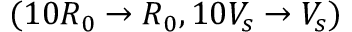
( 1 0 R _ { 0 } \to R _ { 0 } , 1 0 V _ { s } \to V _ { s } )